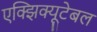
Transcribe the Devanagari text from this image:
एक्झिक्यूटेबल